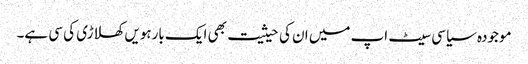
موجودہ سیاسی سیٹ اپ میں ان کی حیثیت بھی ایک بارہویں کھلاڑی کی سی ہے۔